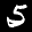
Label: 5